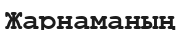
Жарнаманың